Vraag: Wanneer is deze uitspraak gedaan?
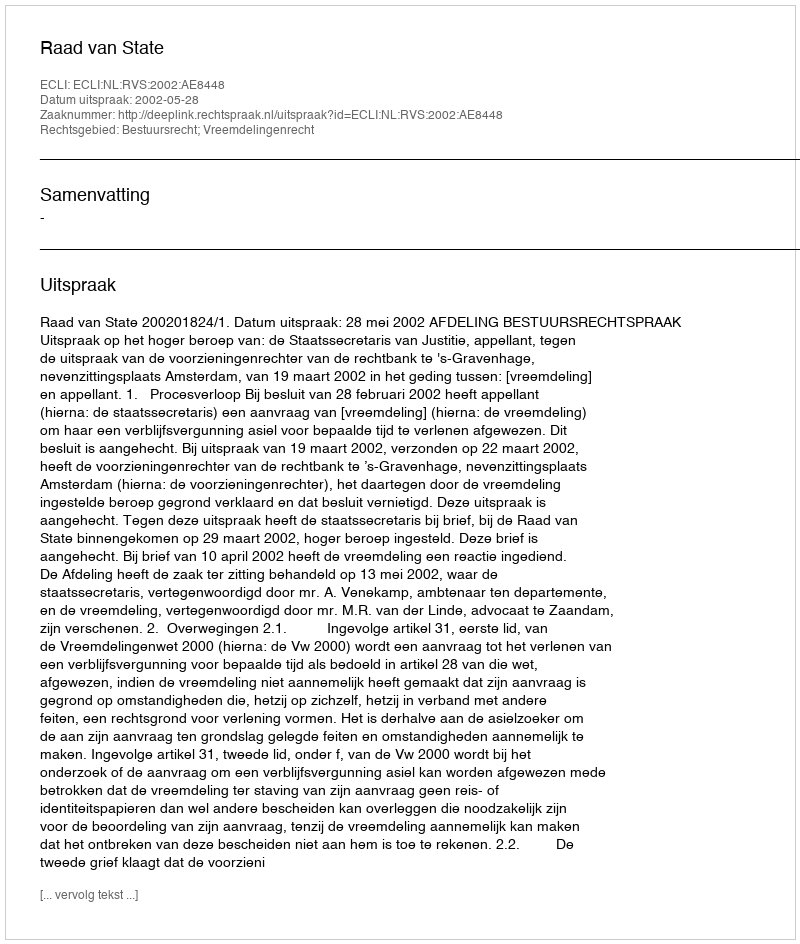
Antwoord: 2002-05-28